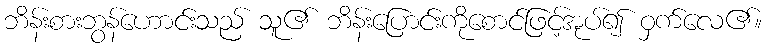
ဘိန်းစားဘွန်ဟောင်းသည် သူ၏ ဘိန်းပြောင်းကိုစောင်ဖြင့်အုပ်၍ ဝှက်လေ၏။